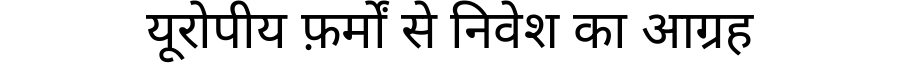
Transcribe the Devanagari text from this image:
यूरोपीय फ़र्मों से निवेश का आग्रह